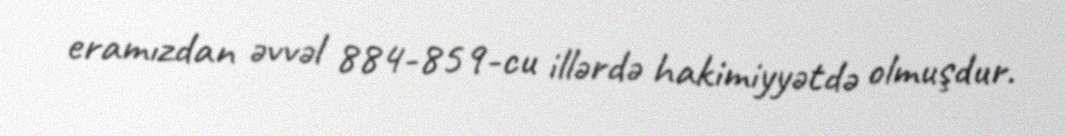
eramızdan əvvəl 884-859-cu illərdə hakimiyyətdə olmuşdur.